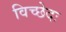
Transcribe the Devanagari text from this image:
विच्छेदः